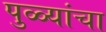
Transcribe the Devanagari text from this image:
पुळ्यांचा